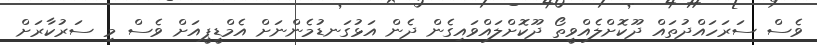
ވެސް ސަރަހައްދުތައް ދޫކޮށްލެއްވީތޯ ދޫކޮށްލައްވައިގެން ދެން އަޅުގަނޑުމެންނަށް އެމްޑީޕީއަށް ވެސް މި ސަރުކާރަށް